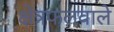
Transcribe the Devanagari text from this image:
क्षेत्रफलवाले